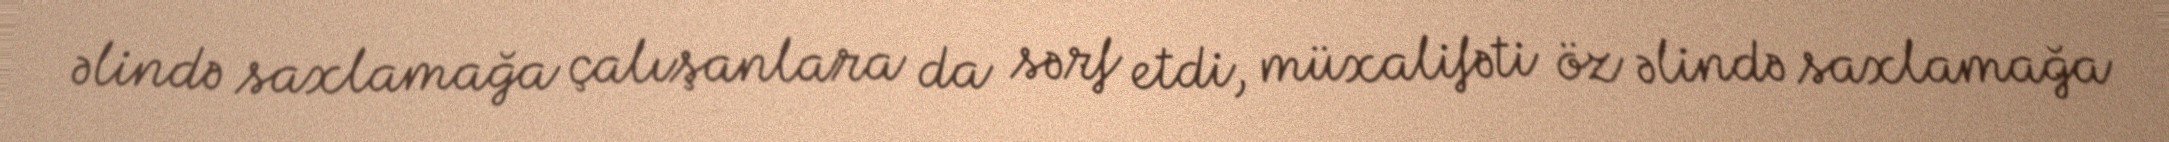
əlində saxlamağa çalışanlara da sərf etdi, müxalifəti öz əlində saxlamağa